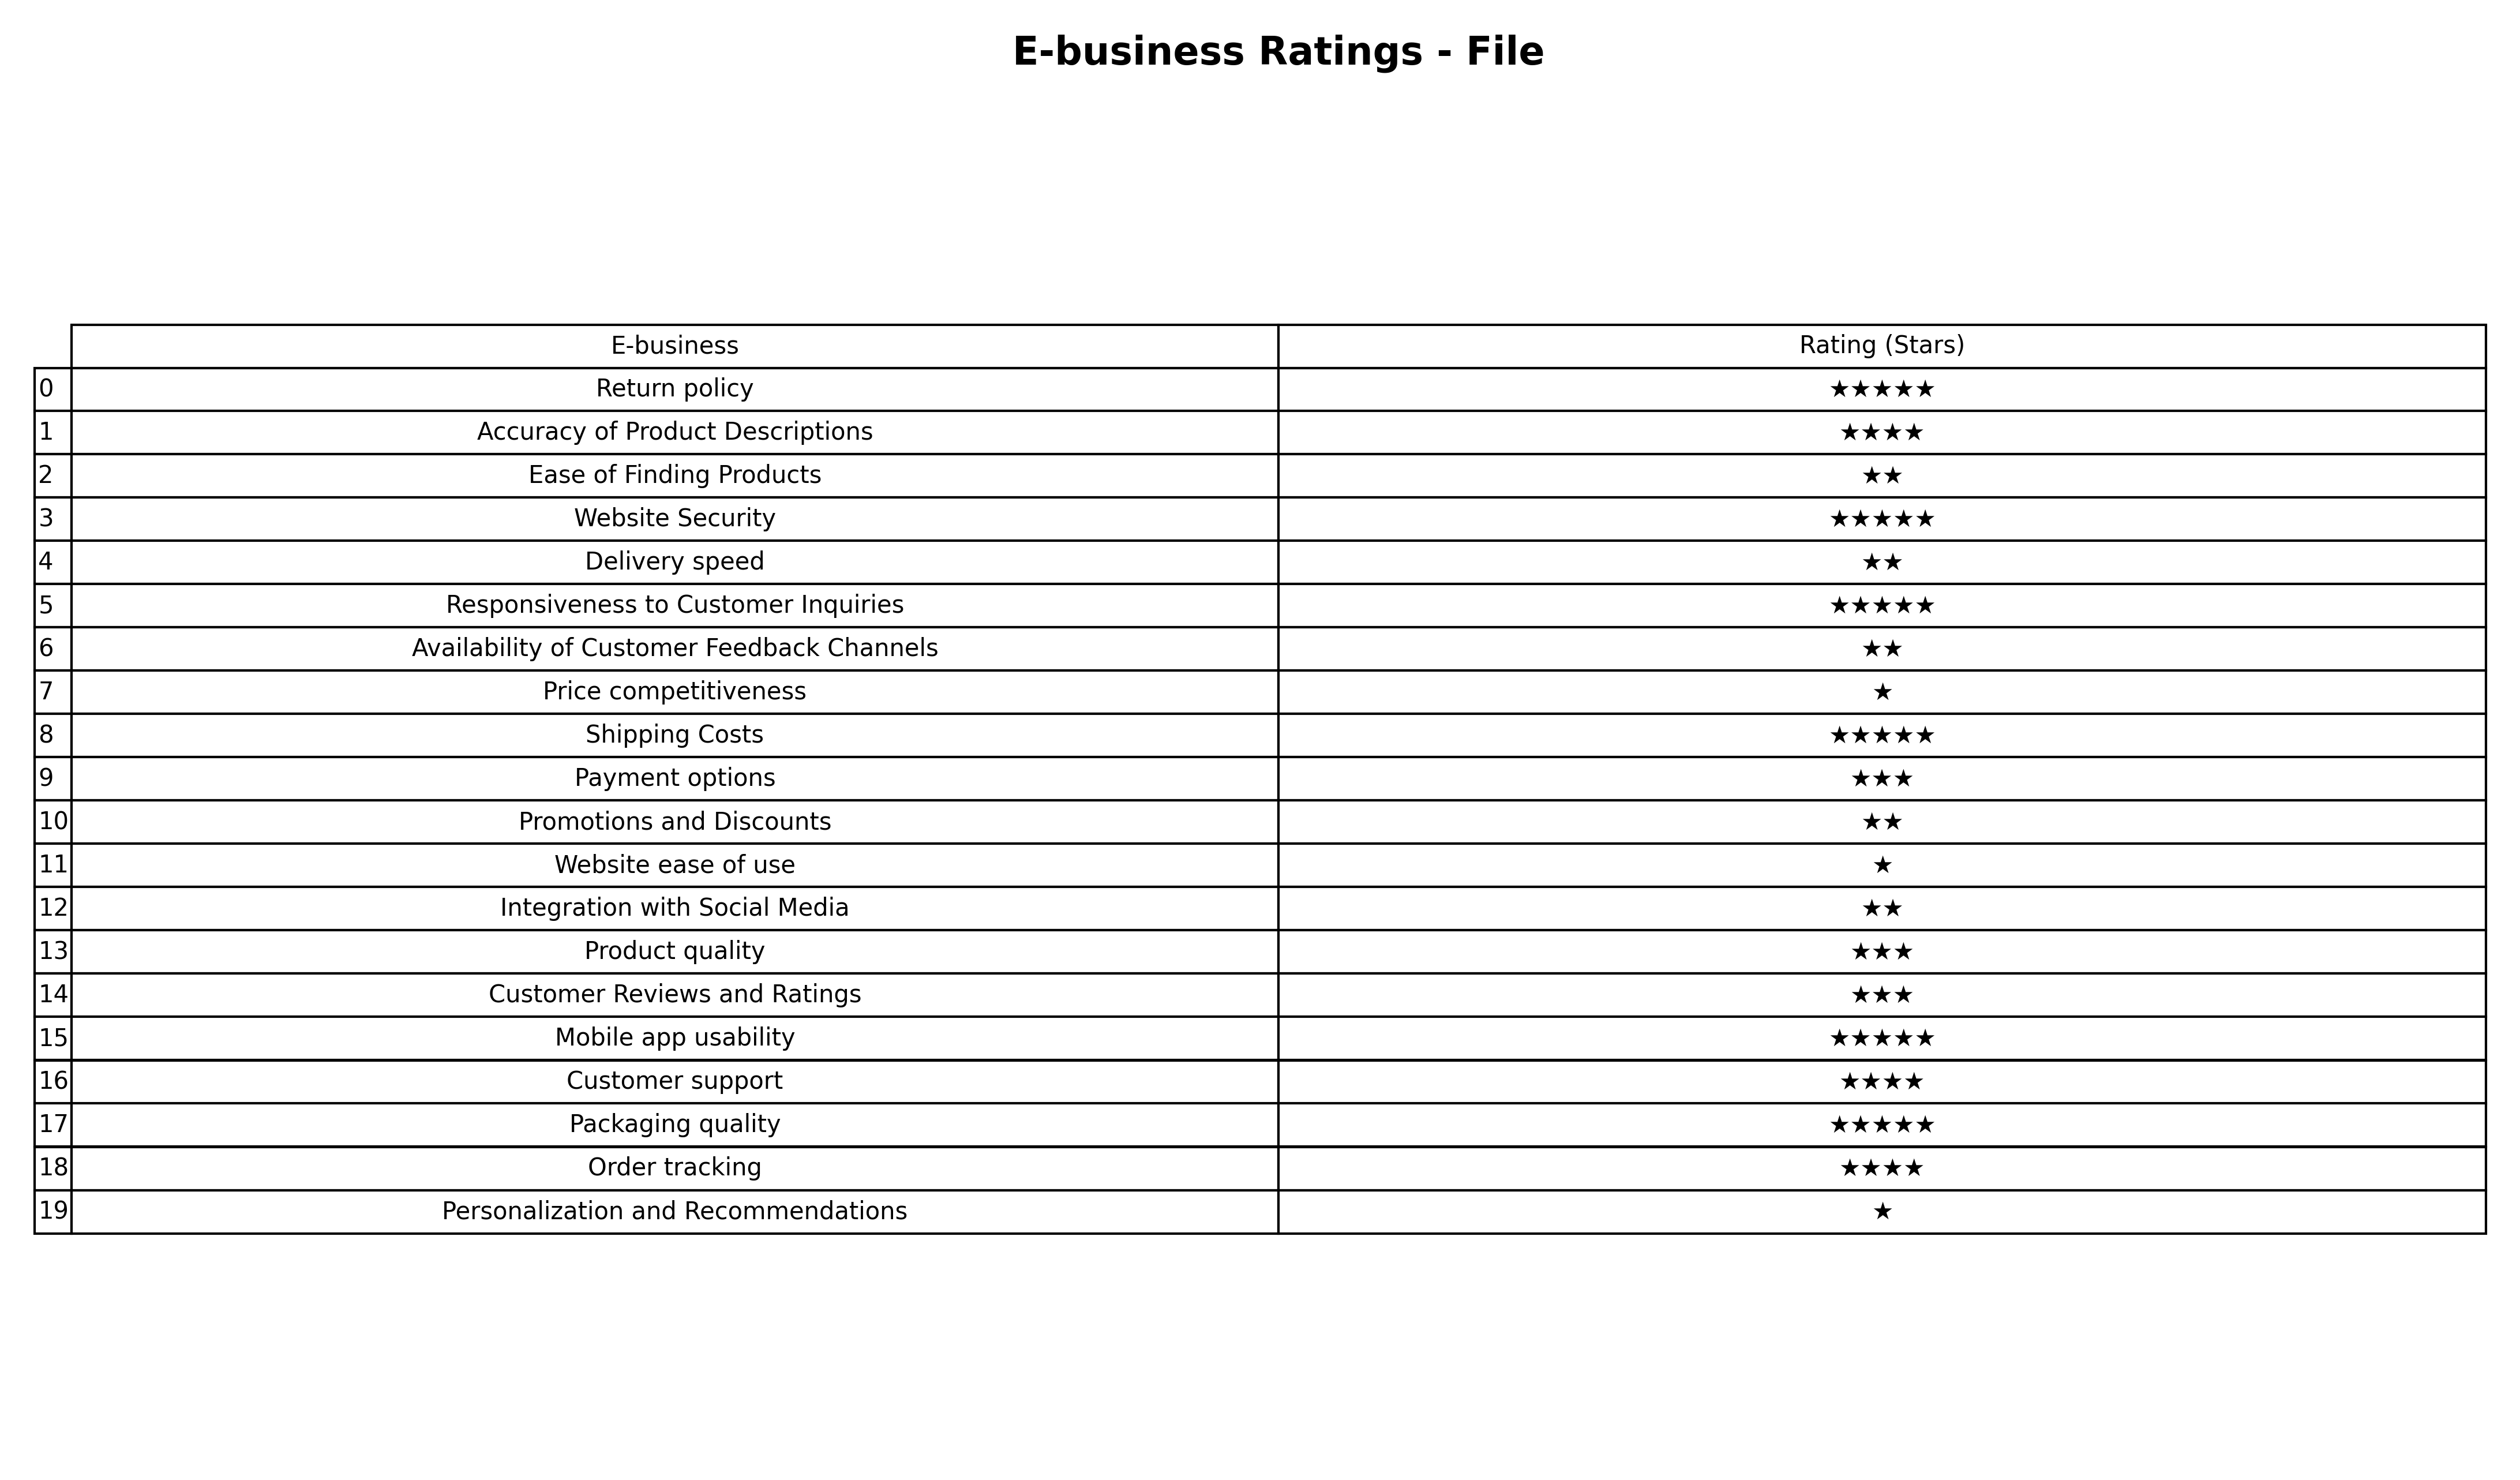
question: Which services are rated average?
answer: Payment optionsProduct qualityCustomer Reviews and Ratings